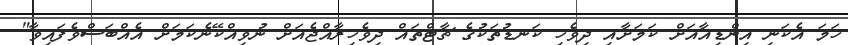
ހަމަ އެކަނި އިންޑިއާއަށް ކަމަށާއި ދިވެހި ކަނޑުތަކުގެ ޗާޓްތައް ދިވެހިރާއްޖެއަށް ނުވިއްކޭނެކަމަށް އެއްބަސްވެފައިވާ"